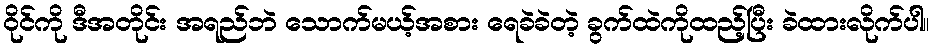
ဝိုင်ကို ဒီအတိုင်း အရည်ဘဲ သောက်မယ့်အစား ရေခဲခဲတဲ့ ခွက်ထဲကိုထည့်ပြီး ခဲထားလိုက်ပါ။